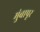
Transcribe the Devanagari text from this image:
मुंबापूर